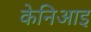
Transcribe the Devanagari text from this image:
केनिआइ